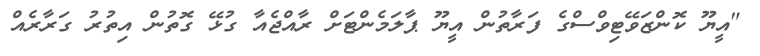
"އީޔޫ ކޮންޒަވޭޓިވްސްގެ ފަރާތުން އީޔޫ ޕާލަމެންޓަށް ރާއްޖެއާ ގުޅޭ ގޮތުން އިތުރު ގަރާރެއް